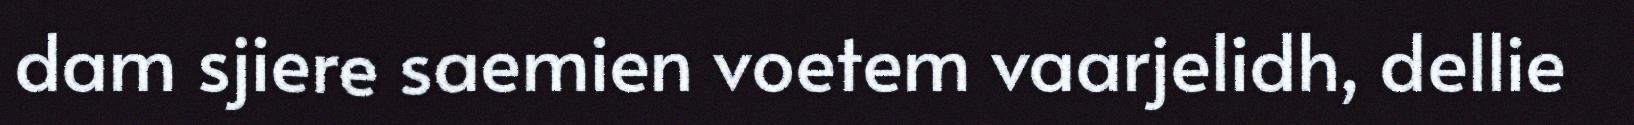
dam sjiere saemien voetem vaarjelidh, dellie